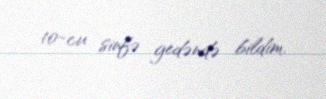
10-cu sinfə gedəndə bildim.